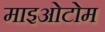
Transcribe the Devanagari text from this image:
माइओटोम